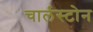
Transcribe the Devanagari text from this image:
चार्लस्टोन